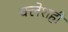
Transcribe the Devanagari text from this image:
क्लेशही